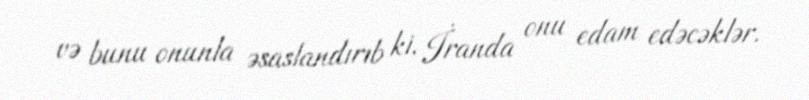
və bunu onunla əsaslandırıb ki, İranda onu edam edəcəklər.